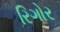
રિગોર